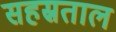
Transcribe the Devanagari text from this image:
सहस्रताल